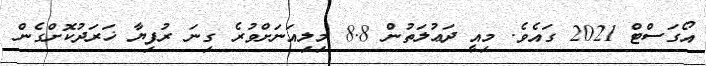
އޯގަސްޓް 2021 ގައެވެ. މިއީ ދަޢުލަތުން 8.8 މިލިއަނަށްވުރެ ގިނަ ރުފިޔާ ޚަރަދުކޮށްގެން